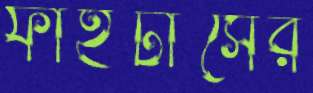
ফাইটার্সের